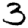
Digit: 3